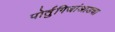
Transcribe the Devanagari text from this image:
पोर्तुगिजांआडचा